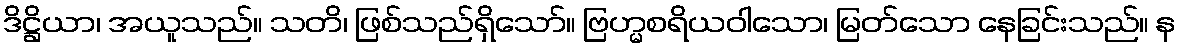
ဒိဋ္ဌိယာ၊ အယူသည်။ သတိ၊ ဖြစ်သည်ရှိသော်။ ဗြဟ္မစရိယဝါသော၊ မြတ်သော နေခြင်းသည်။ န